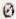
0